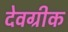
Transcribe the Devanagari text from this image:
देवग्रीक